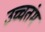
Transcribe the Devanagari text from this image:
उच्चतंम